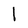
Character: I